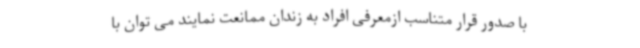
با صدور قرار متناسب ازمعرفی افراد به زندان ممانعت نمایند می توان با